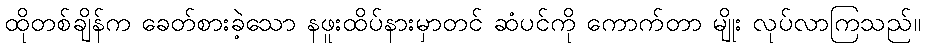
ထိုတစ်ချိန်က ခေတ်စားခဲ့သော နဖူးထိပ်နားမှာတင် ဆံပင်ကို ကောက်တာ မျိုး လုပ်လာကြသည်။